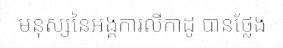
មនុស្សនៃអង្គការលីកាដូ បានថ្លែង